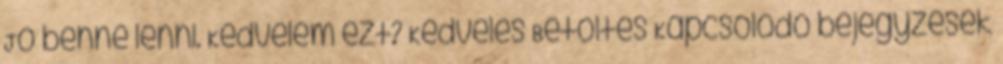
Jó benne lenni. Kedvelem ezt? Kedvelés Betöltés Kapcsolódó bejegyzések